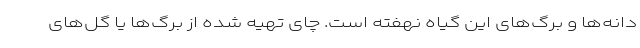
دانه‌ها و برگ‌های این گیاه نهفته است. چای تهیه شده از برگ‌ها یا گل‌های